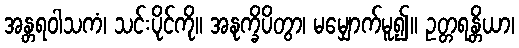
အန္တရဝါသကံ၊ သင်းပိုင်ကို။ အနုက္ခိပိတွာ၊ မမျှောက်မူ၍။ ဥတ္တရန္တိယာ၊